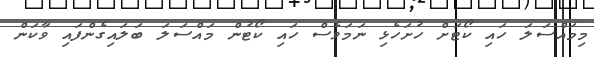
މިމައްސަލަ ހައި ކޯޓަށް ހުށަހެޅި ނަމަވެސް ހައި ކޯޓުން މައްސަލަ ބަލައިގެންފައި ވާކަން